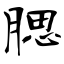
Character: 腮